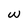
Character: w